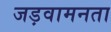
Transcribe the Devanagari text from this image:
जड़वामनता